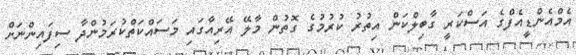
އެމްއެންޑީއެފްގެ އަސްކަރީ ގާބިލްކަން އިތުރު ކުރުމުގެ ގޮތުން މާލޭ އޭރިއާގައި މަސައްކަތްކުރަމުންދާ ސިފައިންނަށް